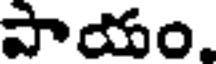
పాయం.